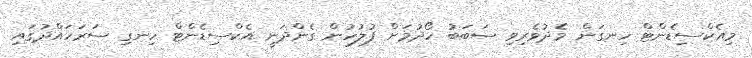
މިއެކްސިޑެންޓް ހިނގަން މެދުވެރިވި ސަބަބު ހޯދުމަށް ފުލުހުން ގެންދަނީ އެކްސިޑެންޓް ހިނގި ސަރަހައްދުގައި